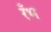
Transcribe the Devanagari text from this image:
रँभ